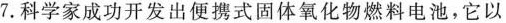
7.科学家成功开发出便携式固体氧化物燃料电池，它以